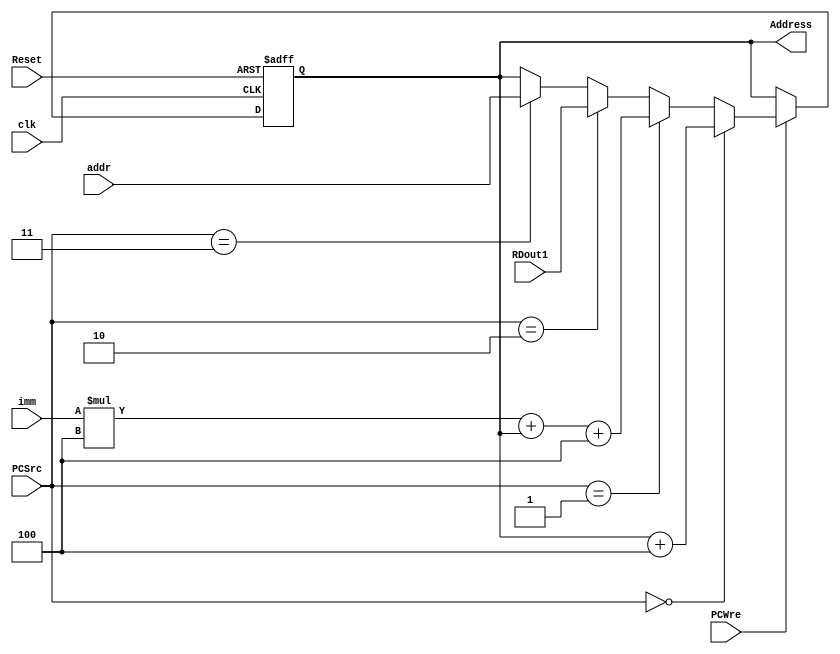
`timescale 1ns / 1ps
module PC(input clk, Reset, PCWre,
          input [1:0] PCSrc,
          input wire [31:0] imm, addr, RDout1,
          output reg [31:0] Address);
			 
	 always @(posedge clk or negedge Reset) begin // pcWreReset
        if (Reset == 0) begin
            Address = 0;
        end else if (PCWre) begin
            if (PCSrc == 2'b00) begin
				    Address = Address+4;
				end else if (PCSrc == 2'b01) begin
				    Address = imm*4+Address+4;
				end else if (PCSrc == 2'b10) begin
				    Address = RDout1;
				end else if (PCSrc == 2'b11) begin
				    Address = addr;
				end
        end
    end
 
endmodule